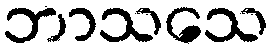
ဘာသသေ